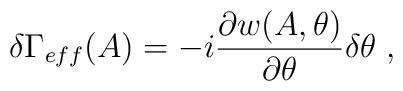
\delta\Gamma_{eff}(A)=-i\frac{\partial w(A,\theta)}{\partial \theta}\delta\theta\;,